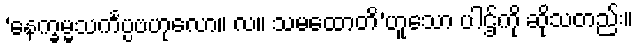
‘နေက္ခမ္မသင်္ကပ္ပဗဟုလော။ လ။ သမထောတိ’ဟူသော ပါဌ်ကို ဆိုသတည်း။